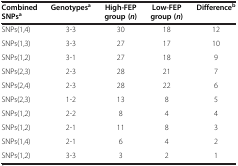
<table><thead><tr><td><b>Combined SNPs<sup>a</sup></b></td><td><b>Genotypes<sup>a</sup></b></td><td><b>High-FEP group ( <i>n </i>)</b></td><td><b>Low-FEP group ( <i>n </i>)</b></td><td><b>Difference<sup>b</sup></b></td></tr></thead><tbody><tr><td>SNPs(1,4)</td><td>3-3</td><td>30</td><td>18</td><td>12</td></tr><tr><td>SNPs(1,3)</td><td>3-3</td><td>27</td><td>17</td><td>10</td></tr><tr><td>SNPs(1,2)</td><td>3-1</td><td>27</td><td>18</td><td>9</td></tr><tr><td>SNPs(2,3)</td><td>2-3</td><td>28</td><td>21</td><td>7</td></tr><tr><td>SNPs(2,4)</td><td>2-3</td><td>28</td><td>22</td><td>6</td></tr><tr><td>SNPs(2,3)</td><td>1-2</td><td>13</td><td>8</td><td>5</td></tr><tr><td>SNPs(1,2)</td><td>2-2</td><td>8</td><td>4</td><td>4</td></tr><tr><td>SNPs(1,2)</td><td>2-1</td><td>11</td><td>8</td><td>3</td></tr><tr><td>SNPs(1,4)</td><td>2-1</td><td>6</td><td>4</td><td>2</td></tr><tr><td>SNPs(1,2)</td><td>3-3</td><td>3</td><td>2</td><td>1</td></tr></tbody></table>